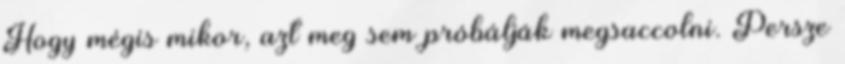
Hogy mégis mikor, azt meg sem próbálják megsaccolni. Persze